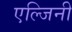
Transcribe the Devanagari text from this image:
एल्जिनी